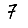
Digit: 7